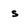
Character: s